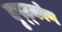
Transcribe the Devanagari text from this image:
दृष्ट्कोण